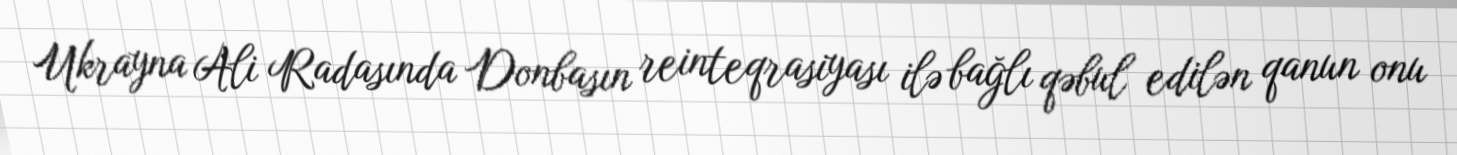
Ukrayna Ali Radasında Donbasın reinteqrasiyası ilə bağlı qəbul edilən qanun onu